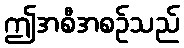
ဤအစီအစဉ်သည်